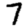
Digit: 7